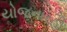
યોજનારહી